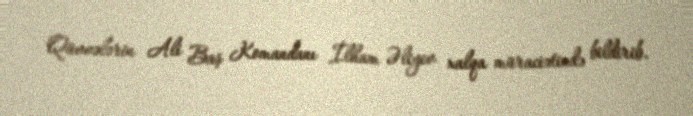
Qüvvələrin Ali Baş Komandanı İlham Əliyev xalqa müraciətində bildirib.